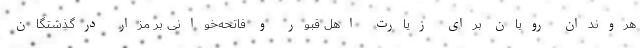
هروندان رویان برای زیارت اهل قبور و فاتحه‌خوانی بر مزار درگذشتگان